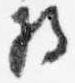
将